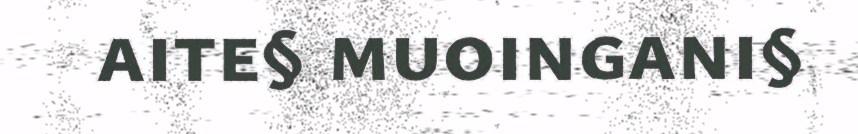
aite§ muoingani§